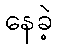
နေခဲ့